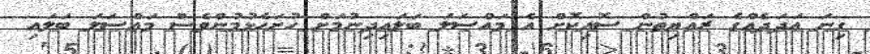
ގިނަ އަދަދެއްގެ ރައްޔިތުން ސޮއިކޮށް އެ މައްސަލަ ބަލައިދިނުމަށް ހުށަހެޅުމުންވެސް މައްސަލަ ބަލައި